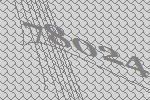
78024